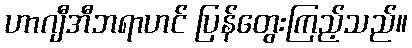
ဟာဂျီအီဘရာဟင် ပြန်တွေးကြည့်သည်။